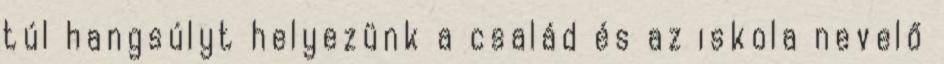
túl hangsúlyt helyezünk a család és az iskola nevelő